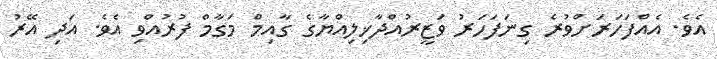
އެވެ. އެއްފަހަރަށްވުރެ ގިނަފަހަރު ވަޒީރުއްދާޚިލިއްޔާގެ ގާއިމް މަގާމް ފުރުއްވި އެވެ. އަދި އޭރު